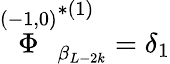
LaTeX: \stackrel{(-1,0)}{\Phi}_{\beta_{L-2k}}^{*(1)}=\delta_{1}